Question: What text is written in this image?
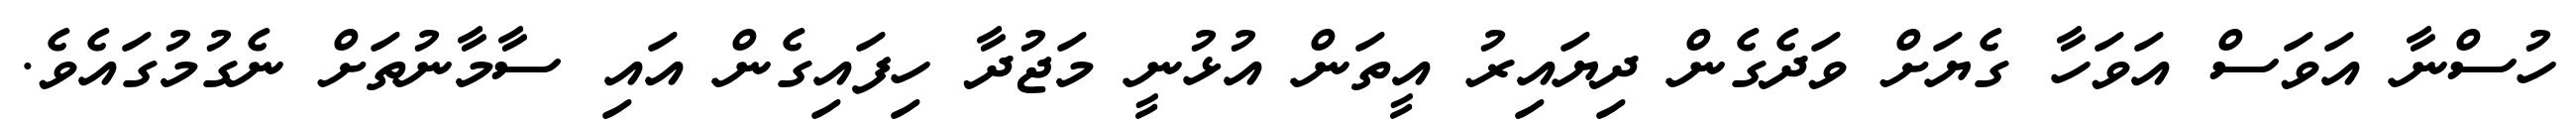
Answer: ހުސްނާ އަވަސް އަވަހާ ގެޔަށް ވަދެގެން ދިޔައިރު އީތަން އުޅުނީ މަޖުދާ ހިފައިގެން އައި ސާމާނުތަށް ނެގުމުގައެވެ.